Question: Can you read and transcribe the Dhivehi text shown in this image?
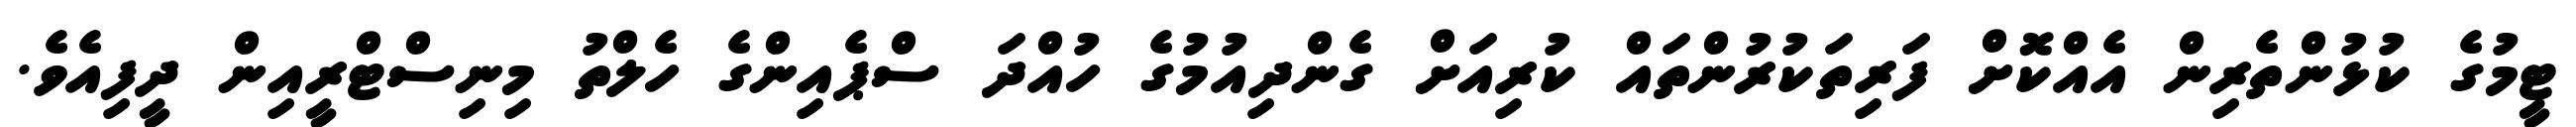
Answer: ޓީމުގެ ކުޅުންތެރިން އެއްކޮށް ފަރިތަކުރުންތައް ކުރިއަށް ގެންދިއުމުގެ ހުއްދަ ސްޕެއިންގެ ހެލްތު މިނިސްޓްރީއިން ދީފިއެވެ.